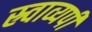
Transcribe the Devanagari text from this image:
स्र्वाव्यपी